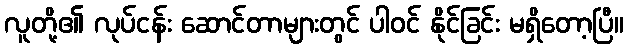
လူတို့၏ လုပ်ငန်း ဆောင်တာများတွင် ပါဝင် နိုင်ခြင်း မရှိတော့ပြီ။